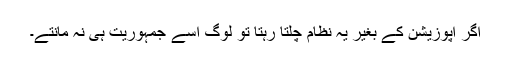
اگر اپوزیشن کے بغیر یہ نظام چلتا رہتا تو لوگ اسے جمہوریت ہی نہ مانتے۔